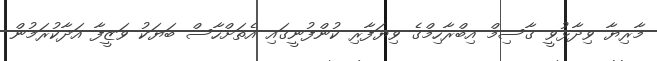
މާރިޔާ ވިދާޅުވީ ގާސިމް އިބްރާހިމްގެ ވިޔަފާރި ކުންފުނީގައި އެތަށްހާސް ބަޔަކު ވަޒީފާ އަދާކުރަމުން